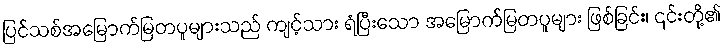
ပြင်သစ်အမြောက်မြတပူများသည် ကျင့်သား ရံပြီးသော အမြောက်မြတပူများ ဖြစ်ခြင်း၊ ၎င်းတို့၏